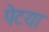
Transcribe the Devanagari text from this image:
पेटया